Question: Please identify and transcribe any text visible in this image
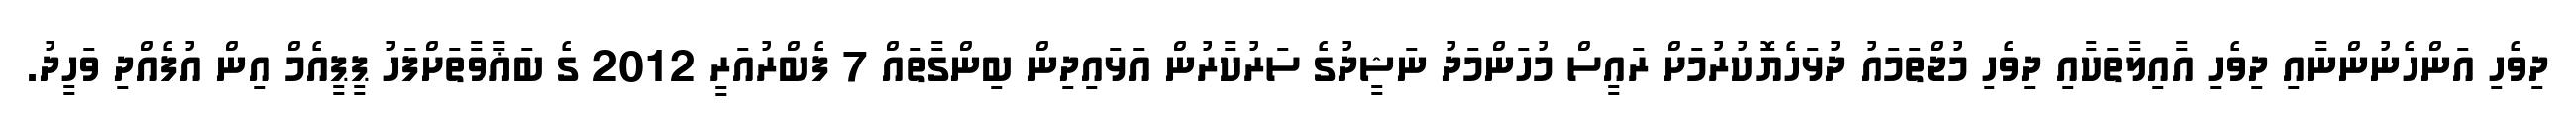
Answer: ދިވެހި އަންހެނުންނާއި ދިވެހި އާއިލާތަކާއި ދިވެހި މުޖްތަމައު ދުޅަހެޔޮކުރުމަށް ރައީސް މުހަންމަދު ނަޝީދުގެ ސަރުކާރުން އަޅައިދިން ބިންގާތައް 7 ފެބްރުއަރީ 2012 ގެ ބަޣާވާތަށްފަހު ޕީޕީއެމް އިން އުފެއްދި ވަހީދު.